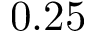
0 . 2 5